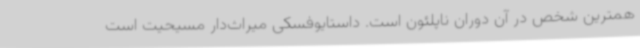
همترین شخص در آن دوران ناپلئون است. داستایوفسکی میراث‌دار مسیحیت است